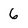
Character: 6